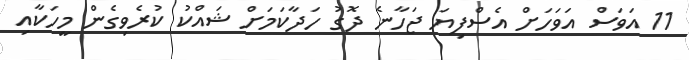
11 އަވަސް އަވަހަށް އެސްފިޔަ ޖަހާނެ ދޮގު ހަދާކަމަށް ޝައްކު ކުރެވިގެން މީހަކާއި